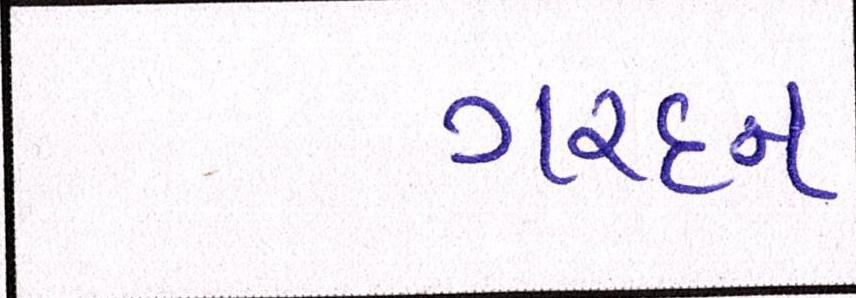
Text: ગરદન